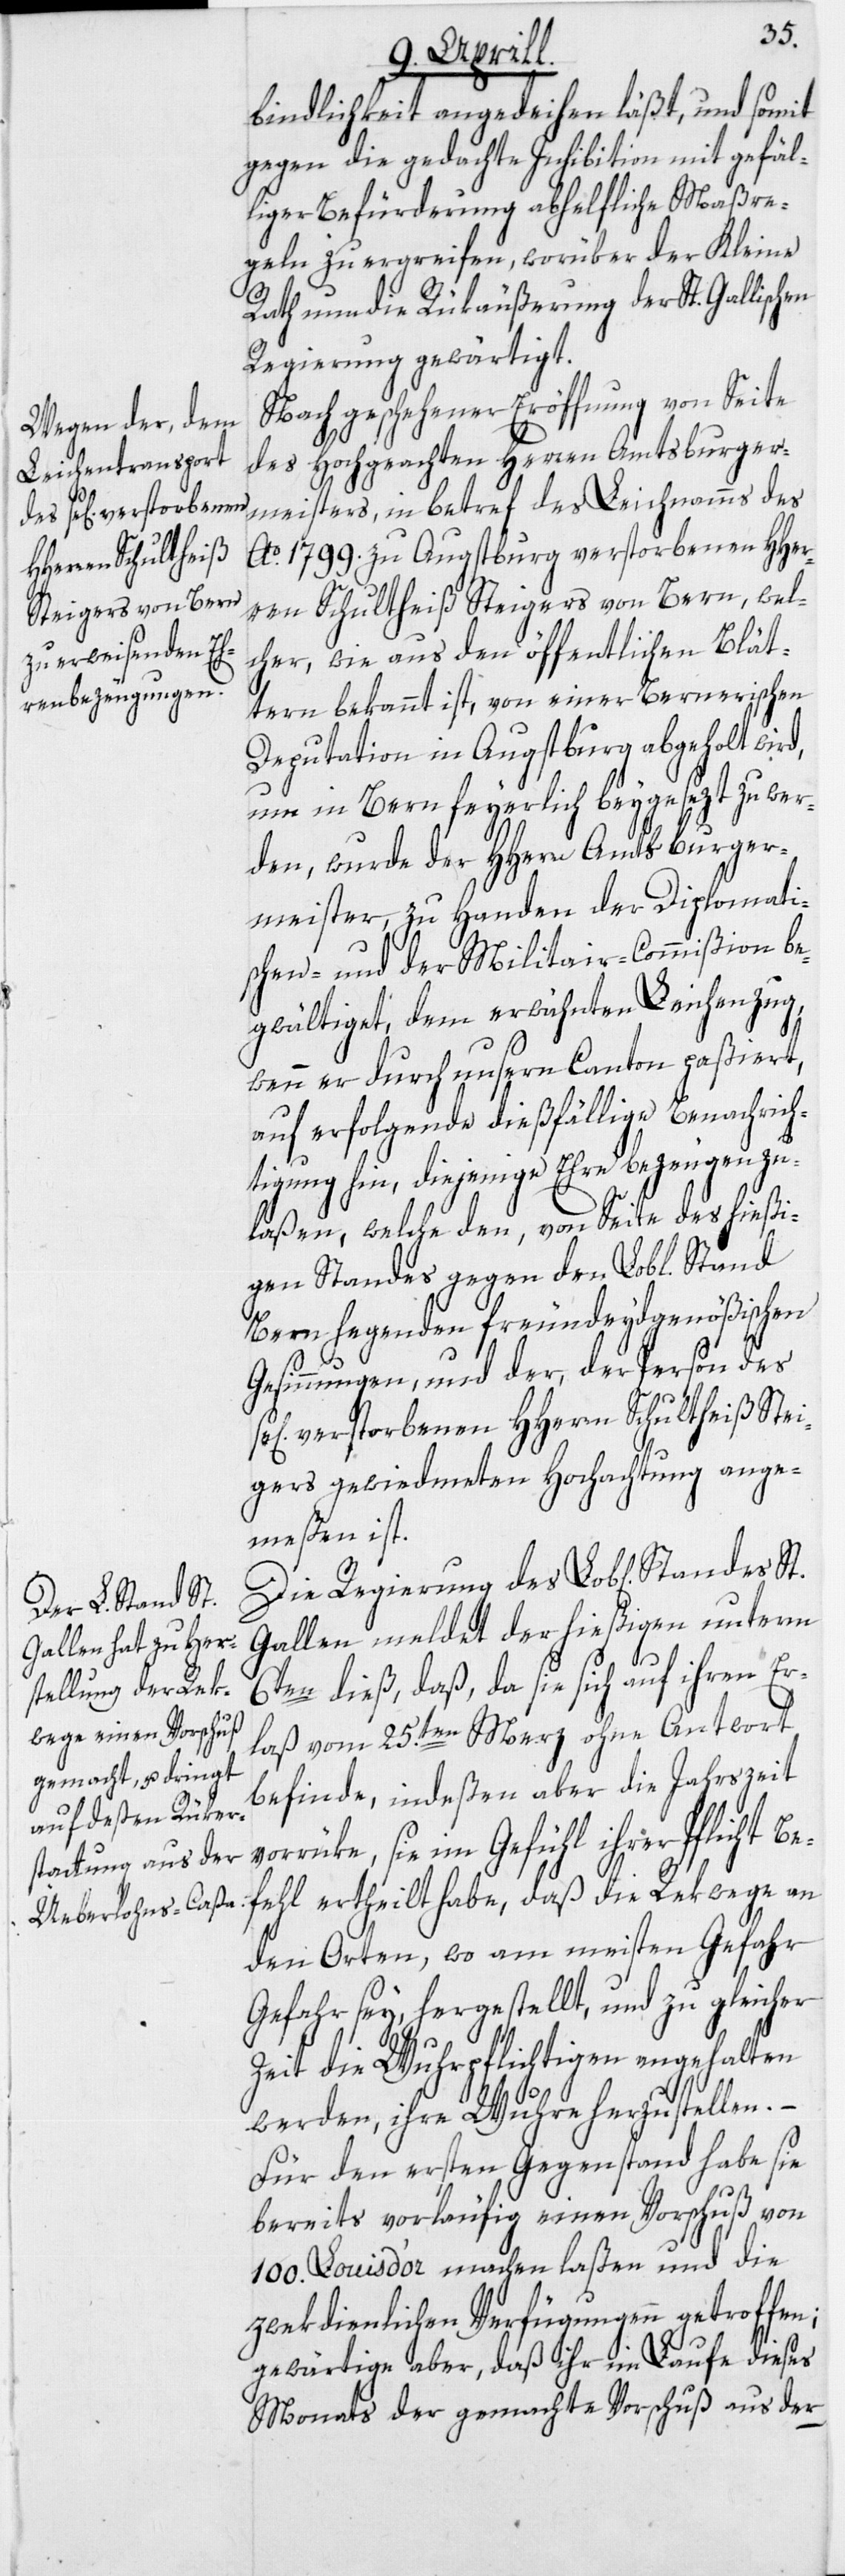
bindlichkeit angedeihen läßt, und somit
gegen die gedachte Inhibition mit gefäl¬
liger Befürderung abhelfliche Maßre¬
geln zu ergreifen, worüber der Kleine
Rath nun die Rükäußerung der St. Gallischen
Regierung gewärtigt.
Nach geschehener Eröffnung von Seite
des Hochgeachten Herren Amtsburger¬
meisters, in betref des Leichnamms des
Ao. 1799. zu Augstburg verstorbenen HHer¬
ren Schultheiß Steigers von Bern, wel¬
cher, wie aus den öffentlichen Blät¬
tern bekannt ist, von einer Bernerischen
Deputation in Augstburg abgeholt wird,
um in Bern feyerlich beygesezt zu wer¬
den, wurde der HHerr Amtsburger¬
meister, zu Handen der Diplomati¬
schen- und der Militair-Commißion be¬
gwältiget, dem erwähnten Leichenzug,
wenn er durch unsern Canton paßiert,
auf erfolgende dießfällige Benachrich¬
tigung hin, diejenige Ehre bezeugen zu
laßen, welche den, von Seite des hießi¬
gen Standes gegen den Lobl. Stand
Bern hegenden freundeydgenößischen
Gesinnungen, und der, der Person des
verstorbenen HHerrn Schultheiß Stei¬
gers gewiedmeten Hochachtung ange¬
meßen ist.
Die Regierung des Lob[lichen]
Gallen meldet der hießigen unterm
6ten dieß, daß, da sie sich auf ihren Er¬
laß vom 25.ten Merz ohne Antwort
befinde, indeßen aber die Jahrszeit
vorrüke, sie im Gefühl ihrer Pflicht Be¬
fehl ertheilt habe, daß die Rekwege an
den Orten, wo am meisten Gefahr
[sic!] sey, hergestellt, und zu gleicher
Zeit die Wuhrpflichtigen angehalten
werden, ihre Wuhre herzustellen.
Für den ersten Gegenstand habe sie
bereits vorläufig einen Vorschuß von
100. Louis d’or machen laßen und die
zwekdienlichen Verfügungen getroffen;
gewärtige aber, daß ihr im Laufe dieses
Monats der gemachte Vorschuß aus der